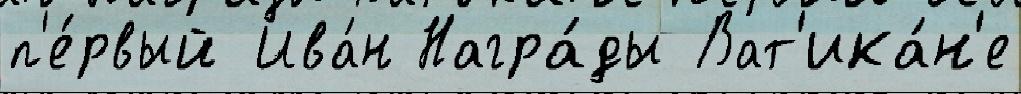
п'е́рвый Ива́н Награ́ды Ват'ика́н'е